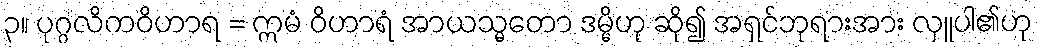
၃။ ပုဂ္ဂလိကဝိဟာရ = ဣမံ ဝိဟာရံ အာယသ္မတော ဒမ္မိဟု ဆို၍ အရှင်ဘုရားအား လှူပါ၏ဟု